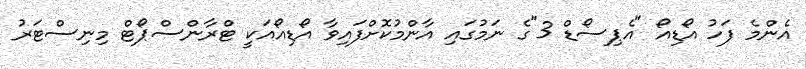
އެންމެ ފަހު އޯޑިއޯ "އެޕިސޯޑް 3"ގެ ނަމުގައި އާންމުކޮށްފައިވާ އޯޑިއޯއަކީ ޓްރާންސްޕޯޓް މިނިސްޓަރު